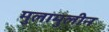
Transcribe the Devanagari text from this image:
मुलामुलीन